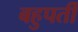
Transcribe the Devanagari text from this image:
बहुपर्ती